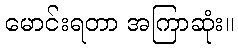
မောင်းရတာ အကြာဆုံး။